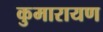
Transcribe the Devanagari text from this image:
कुमारायण